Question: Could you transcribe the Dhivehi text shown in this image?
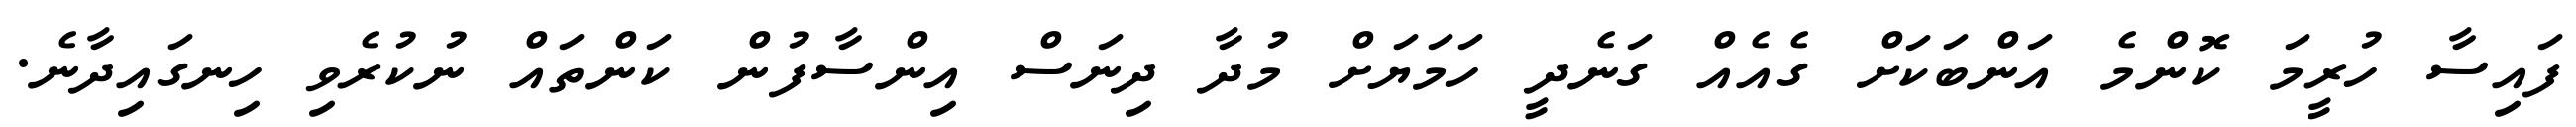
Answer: ފައިސާ ހުރީމަ ކޮންމެ އަންބަކަށް ގެއެއް ގަނެދީ ހަމަޔަށް މުދާ ދިނަސް އިންސާފުން ކަންތައް ނުކުރެވި ހިނގައިދާނެ.